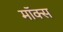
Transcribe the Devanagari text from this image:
मॉक्स